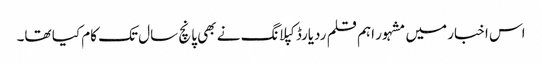
اس اخبار میں مشہور اہم قلم ردیارڈ کپلانگ نے بھی پانچ سال تک کام کیا تھا۔